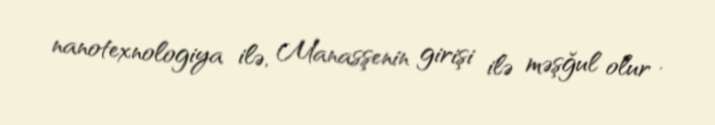
nanotexnologiya ilə, Manasşenin girişi ilə məşğul olur .